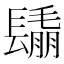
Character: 𨲰